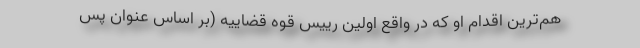
هم‌ترین اقدام او که در واقع اولین رییس قوه قضاییه (بر اساس عنوان پس